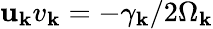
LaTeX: \mathbf{u}_{\mathbf{k}}v_{\mathbf{k}}=-\gamma_{\mathbf{k}}/2\Omega_{\mathbf{k}}